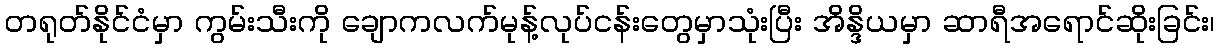
တရုတ်နိုင်ငံမှာ ကွမ်းသီးကို ချောကလက်မုန့်လုပ်ငန်းတွေမှာသုံးပြီး အိန္ဒိယမှာ ဆာရီအရောင်ဆိုးခြင်း၊